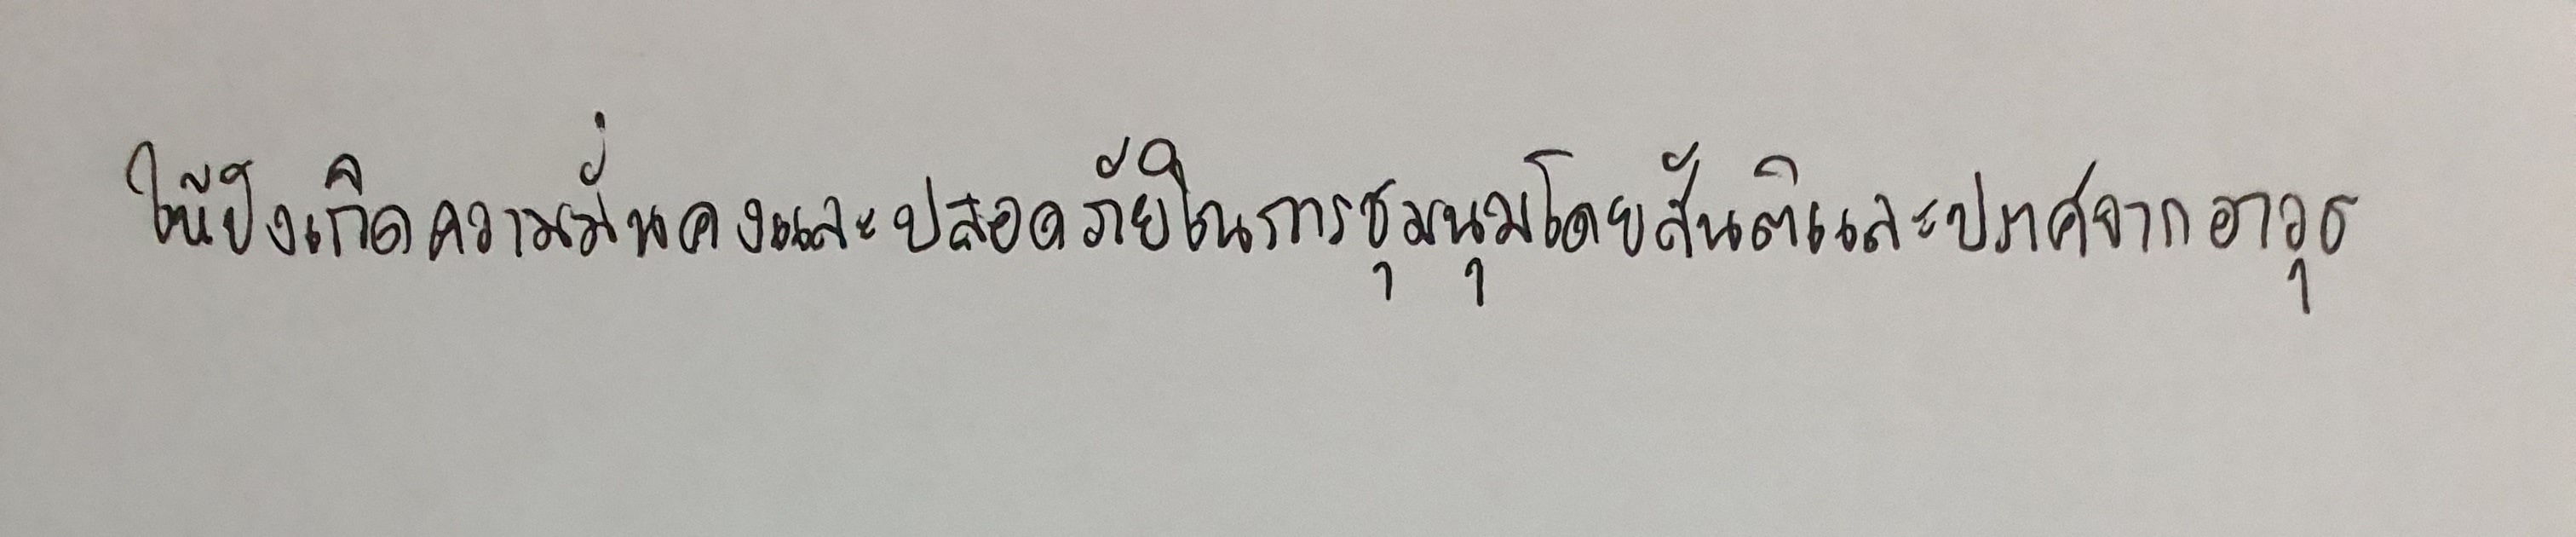
ให้บังเกิดความมั่นคงและปลอดภัยในการชุมนุมโดยสันติและปราศจากอาวุธ